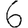
Digit: 6